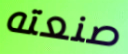
صنعته